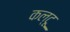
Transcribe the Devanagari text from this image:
कल्टू